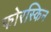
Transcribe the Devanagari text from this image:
फोरस्किन